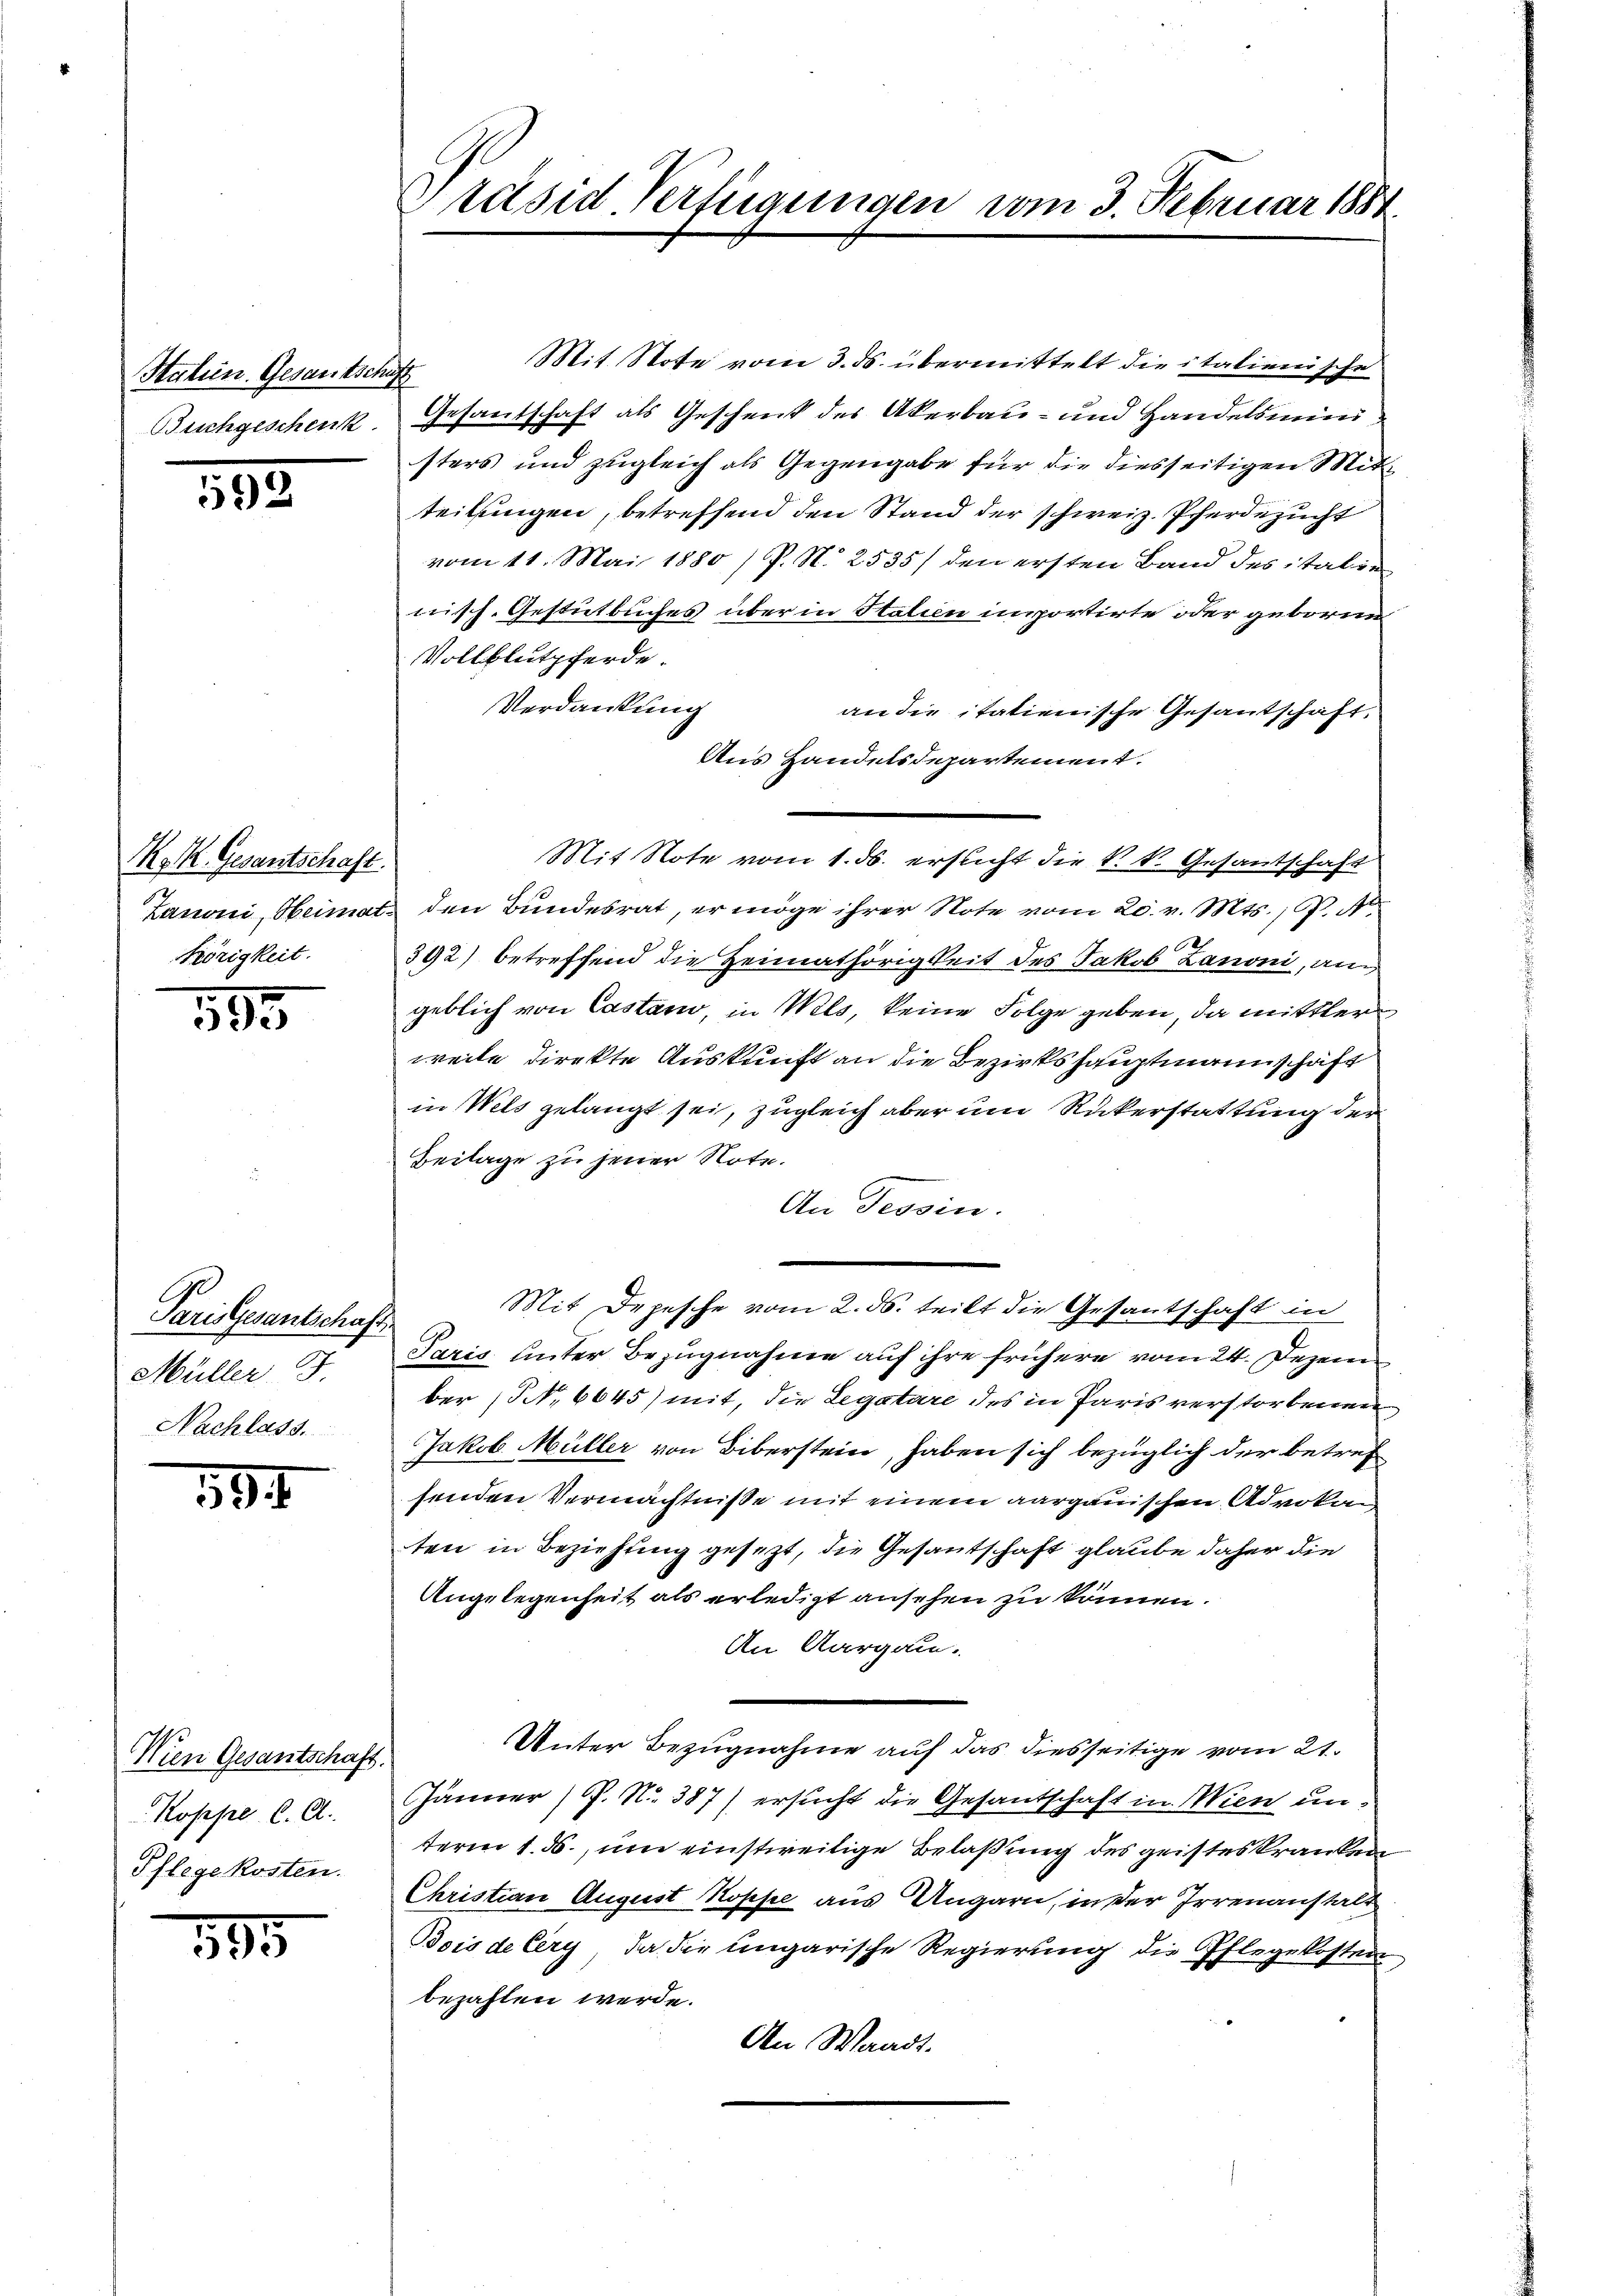
Statun. Gesantschaft

505

K. K. Gesantschaft.
hörigkeit.

505

Parisesantschaft
Müller J.
Nachlass.

594

Wien Gesantschaft.
Koppe C. A.
Pflegekosten.

395

Präsid Verfügungen vom 3. Februar 1881.

Mit Note vom 3. ds. übermittelt die italienische
Buchgeschenk. Gesantschaft als Geschenk des Akerbau- und Handelsministers und zugleich als Gegengabe für die diesseitigen Mitteilungen, betreffend den Stand der schweiz. Pferdezucht
vom 11. Mai 1880 / P. N. 2535/ den ersten Band des italien
nisch. Gestütbuches über in Stalien importirte oder geboren
Vollblutpferde.
Verdankung
an die itatienische Gesandschaft.
Aus Handelsdepartement.
Mit Note vom 1. ds. ersticht die k. k. Gesantschaft
Lanoni, Heimat den Bundesrat, er möge ihrer Note vom 20. v. Mts., P. N
.
392) betreffend die Heimathörigkeit des Jakob Lanoni, an
geblich von Castand, in Wels, keine Folge geben, da mittler
weile direkte Auskunft an die Bezirkshauptmannschaft
in Wels gelangt sei, zugleich aber um Rükerstattung der
Beilage zu jener Note.
An Tessin.
Mit Depesche vom 2. ds. teilt die Gesantschaft in
Paris unter Bezugnahme auf ihre frühere vom 24. Dezember (S. 6645) mit, die Legatare des in Paris verstorbenen
Jakob Müller von Uiberstein, haben sich bezüglich der betref
senden Vermächtniße mit einem aargauischen Advokan
ten in Beziehung gesezt, die Gesantschaft glaube daher die
Angelegenheit als erledigt ansehen zu können.
An Aargau.
Unter Bezugnahme auf das diesseitige vom 21.
Jänner P. Nr. 387) ersucht die Gesantschaft in Wien unterm 1. ds., um einstweilige Belaßung des geisteskranken
Christian August Koppe aus Ungarn, in der Irrenanstalt
Bois de Cery, da die ungarische Regierung die Pflegekosten
bezahlen werde.
An Waadt.